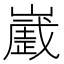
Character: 𰎻